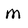
Character: M